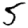
Digit: 5